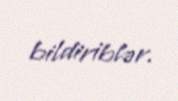
bildiriblər.